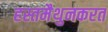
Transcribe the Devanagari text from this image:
हस्तमैथुनकरत